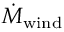
\dot { M } _ { \mathrm { w i n d } }